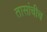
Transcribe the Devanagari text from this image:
तासांचीच